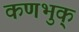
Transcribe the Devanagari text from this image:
कणभुक्